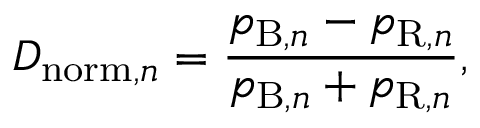
D _ { \mathrm { n o r m } , n } = \frac { p _ { \mathrm { B } , n } - p _ { \mathrm { R } , n } } { p _ { \mathrm { B } , n } + p _ { \mathrm { R } , n } } ,